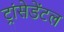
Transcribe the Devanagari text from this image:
ट्रांसेडेंटल